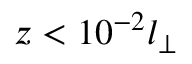
z < 1 0 ^ { - 2 } l _ { \perp }